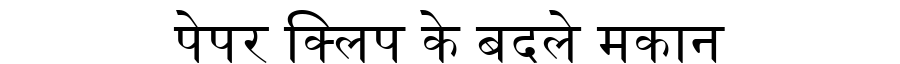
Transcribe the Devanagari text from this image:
पेपर क्लिप के बदले मकान